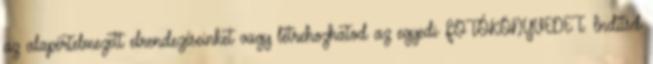
az alapértelmezett elrendezéseinket vagy létrehozhatod az egyedi FOTÓKÖNYVEDET. Indítsd